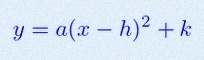
y=a(x-h)^2+k